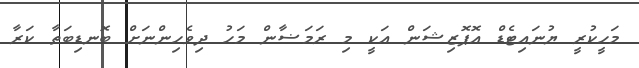
މަހީކުރީ ޔުނައިޓެޑް އޮޕޮޒިޝަން އަކީ މި ރަމަޟާން މަހު ދިވެހިންނަށް ބޮނޑިބަތާ ކަރާ